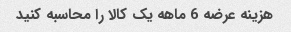
هزینه عرضه 6 ماهه یک کالا را محاسبه کنید